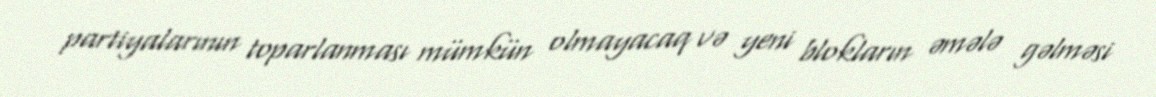
partiyalarının toparlanması mümkün olmayacaq və yeni blokların əmələ gəlməsi